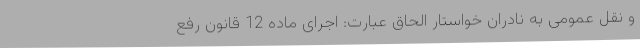
و نقل عمومی به نادران خواستار الحاق عبارت: اجرای ماده 12 قانون رفع